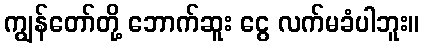
ကျွန်တော်တို့ ဘောက်ဆူး ငွေ လက်မခံပါဘူး။